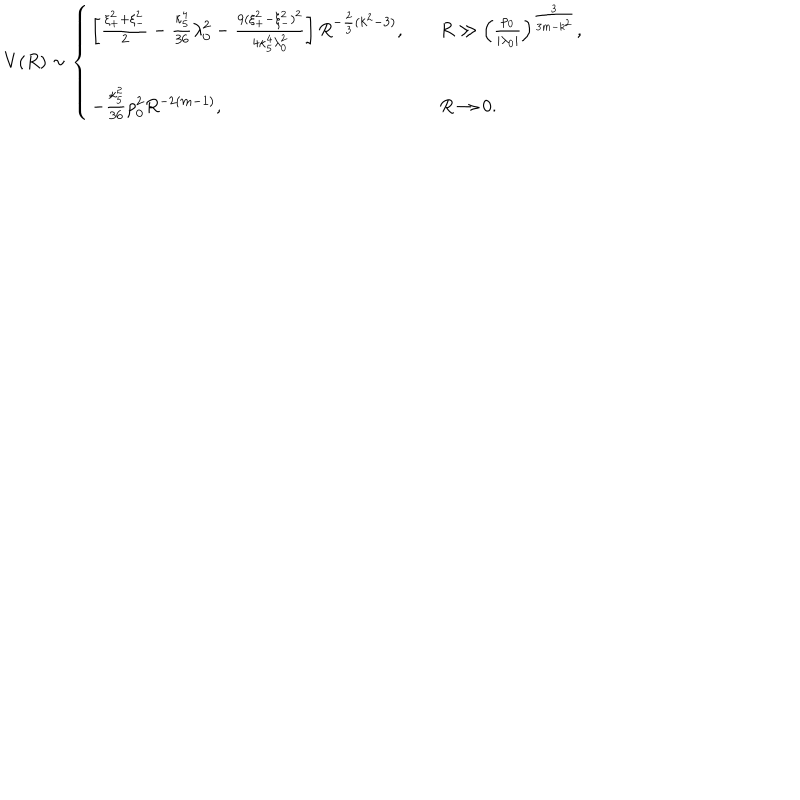
V ( R ) \sim \left\{ \begin{array} { l l l } { { \left[ { \frac { \xi _ { + } ^ { 2 } + \xi _ { - } ^ { 2 } } { 2 } } - { \frac { \kappa _ { 5 } ^ { 4 } } { 3 6 } } \lambda _ { 0 } ^ { 2 } - { \frac { 9 ( \xi _ { + } ^ { 2 } - \xi _ { - } ^ { 2 } ) ^ { 2 } } { 4 \kappa _ { 5 } ^ { 4 } \lambda _ { 0 } ^ { 2 } } } \right] R ^ { - { \frac { 2 } { 3 } } ( k ^ { 2 } - 3 ) } , } } & { { } } & { { R \gg \left( { \frac { \rho _ { 0 } } { | \lambda _ { 0 } | } } \right) ^ { \frac { 3 } { 3 m - k ^ { 2 } } } , } } \\ { { } } & { { } } & { { } } \\ { { - { \frac { \kappa _ { 5 } ^ { 2 } } { 3 6 } } \rho _ { 0 } ^ { 2 } R ^ { - 2 ( m - 1 ) } , } } & { { } } & { { R \rightarrow 0 . } } \\ \end{array} \right.